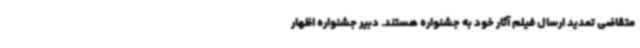
متقاضی تمدید ارسال فیلم آثار خود به جشنواره هستند. دبیر جشنواره اظهار